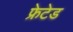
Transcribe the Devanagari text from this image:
फ्रेटेड